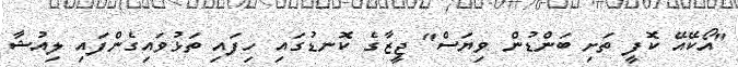
"އޯކޭއޭ ކޮފީ ތަށި ބަންޑުން ވިޔަސް" ޖީޒާގެ ކޮނޑުގައި ހިފައި ތަޅުވައިގެންފައި ލިއުޝާ